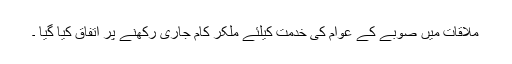
ملاقات میں صوبے کے عوام کی خدمت کیلئے ملکر کام جاری رکھنے پر اتفاق کیا گیا ۔